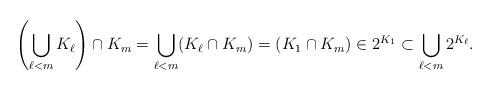
LaTeX: \begin{align*} \left(\bigcup_{\ell<m} K_{\ell }\right) \cap K_{m} = \bigcup_{\ell<m} (K_{\ell } \cap K_{m} ) = (K_{1} \cap K_{m}) \in 2^{K_{1}} \subset \bigcup_{\ell<m} 2^{K_{\ell}}. \end{align*}